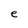
Character: e